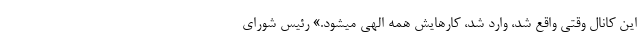
این کانال وقتی واقع شد، وارد شد، کارهایش همه الهی میشود.» رئیس شورای